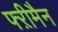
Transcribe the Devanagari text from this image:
फ्ऱीमैन